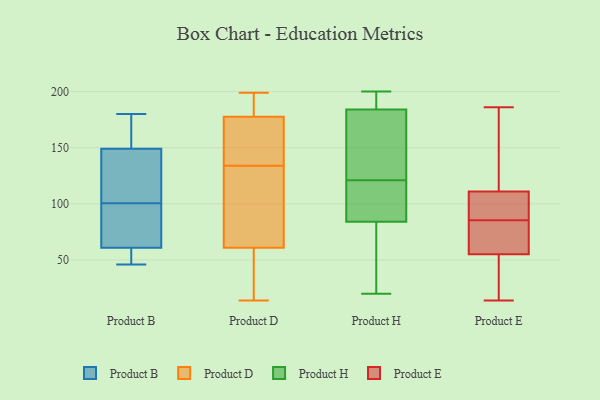
{"axis": {"x": "Gross Profit (USD K)", "y": "Value"}, "legend": ["Product B", "Product D", "Product E", "Product H"], "data": [{"x": "", "y": 62, "type": "Product B"}, {"x": "", "y": 77, "type": "Product B"}, {"x": "", "y": 124, "type": "Product B"}, {"x": "", "y": 180, "type": "Product B"}, {"x": "", "y": 149, "type": "Product B"}, {"x": "", "y": 46, "type": "Product B"}, {"x": "", "y": 46, "type": "Product B"}, {"x": "", "y": 145, "type": "Product B"}, {"x": "", "y": 61, "type": "Product B"}, {"x": "", "y": 165, "type": "Product B"}, {"x": "", "y": 63, "type": "Product D"}, {"x": "", "y": 88, "type": "Product D"}, {"x": "", "y": 199, "type": "Product D"}, {"x": "", "y": 59, "type": "Product D"}, {"x": "", "y": 135, "type": "Product D"}, {"x": "", "y": 188, "type": "Product D"}, {"x": "", "y": 188, "type": "Product D"}, {"x": "", "y": 15, "type": "Product D"}, {"x": "", "y": 167, "type": "Product D"}, {"x": "", "y": 133, "type": "Product D"}, {"x": "", "y": 160, "type": "Product D"}, {"x": "", "y": 14, "type": "Product D"}, {"x": "", "y": 20, "type": "Product H"}, {"x": "", "y": 196, "type": "Product H"}, {"x": "", "y": 175, "type": "Product H"}, {"x": "", "y": 184, "type": "Product H"}, {"x": "", "y": 178, "type": "Product H"}, {"x": "", "y": 152, "type": "Product H"}, {"x": "", "y": 135, "type": "Product H"}, {"x": "", "y": 107, "type": "Product H"}, {"x": "", "y": 107, "type": "Product H"}, {"x": "", "y": 89, "type": "Product H"}, {"x": "", "y": 88, "type": "Product H"}, {"x": "", "y": 200, "type": "Product H"}, {"x": "", "y": 191, "type": "Product H"}, {"x": "", "y": 24, "type": "Product H"}, {"x": "", "y": 27, "type": "Product H"}, {"x": "", "y": 84, "type": "Product H"}, {"x": "", "y": 192, "type": "Product H"}, {"x": "", "y": 74, "type": "Product H"}, {"x": "", "y": 98, "type": "Product E"}, {"x": "", "y": 186, "type": "Product E"}, {"x": "", "y": 108, "type": "Product E"}, {"x": "", "y": 85, "type": "Product E"}, {"x": "", "y": 24, "type": "Product E"}, {"x": "", "y": 86, "type": "Product E"}, {"x": "", "y": 55, "type": "Product E"}, {"x": "", "y": 66, "type": "Product E"}, {"x": "", "y": 26, "type": "Product E"}, {"x": "", "y": 137, "type": "Product E"}, {"x": "", "y": 78, "type": "Product E"}, {"x": "", "y": 131, "type": "Product E"}, {"x": "", "y": 14, "type": "Product E"}, {"x": "", "y": 111, "type": "Product E"}]}